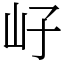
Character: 㞨